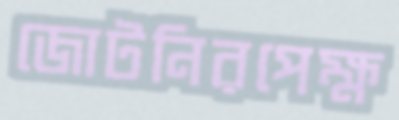
জোটনিরপেক্ষ